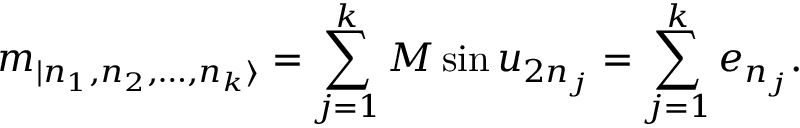
m _ { | n _ { 1 } , n _ { 2 } , \dots , n _ { k } \rangle } = \sum _ { j = 1 } ^ { k } M \sin u _ { 2 n _ { j } } = \sum _ { j = 1 } ^ { k } e _ { n _ { j } } .